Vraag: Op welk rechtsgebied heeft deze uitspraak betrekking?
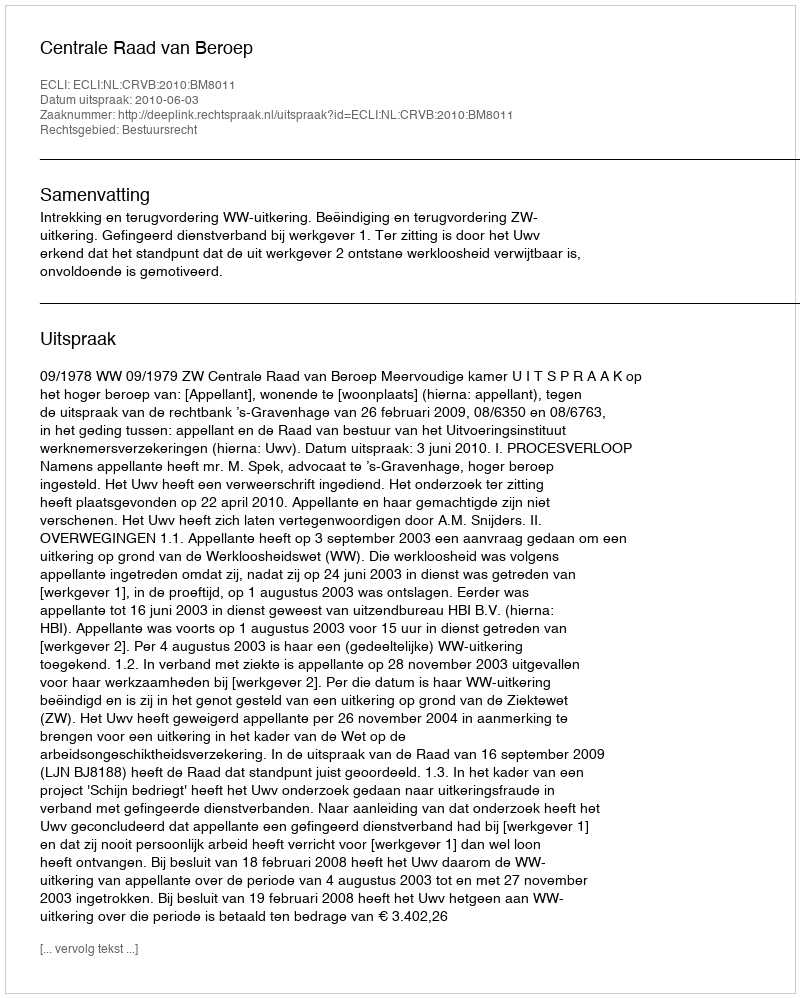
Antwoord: Bestuursrecht